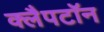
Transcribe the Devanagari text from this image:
क्लैपटॉन